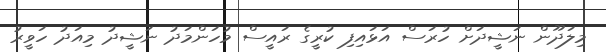
މިލަދޫން ނަޝީދަށް ހުރަސް އަޅައިފި ކުރީގެ ރައީސް މުހަންމަދު ނަޝީދު މިއަދު ހަވީރު